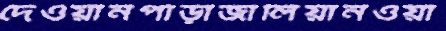
দেওয়ানপাড়াজালিয়ানওয়া